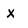
Character: x